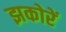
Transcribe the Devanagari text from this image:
झकोरें